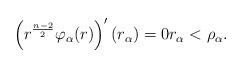
LaTeX: \begin{align*}\left(r^{\frac{n-2}{2}}\varphi_\alpha(r)\right)'(r_\alpha)=0 r_\alpha<\rho_\alpha.\end{align*}